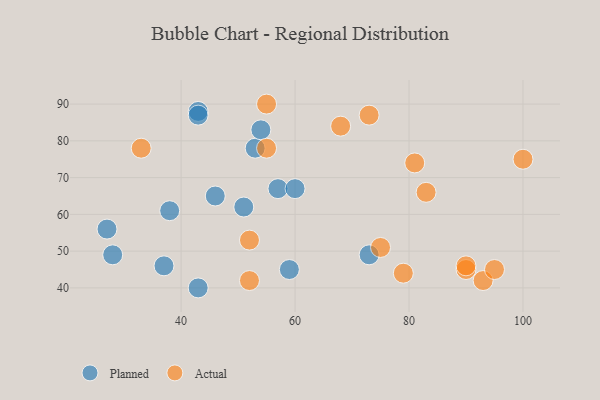
{"axis": {"x": "GDP", "y": "Life Expectancy"}, "legend": ["Actual", "Planned"], "data": [{"x": "59", "y": 45, "type": "Planned"}, {"x": "53", "y": 78, "type": "Planned"}, {"x": "51", "y": 62, "type": "Planned"}, {"x": "38", "y": 61, "type": "Planned"}, {"x": "57", "y": 67, "type": "Planned"}, {"x": "27", "y": 56, "type": "Planned"}, {"x": "46", "y": 65, "type": "Planned"}, {"x": "28", "y": 49, "type": "Planned"}, {"x": "43", "y": 88, "type": "Planned"}, {"x": "73", "y": 49, "type": "Planned"}, {"x": "54", "y": 83, "type": "Planned"}, {"x": "43", "y": 87, "type": "Planned"}, {"x": "43", "y": 40, "type": "Planned"}, {"x": "37", "y": 46, "type": "Planned"}, {"x": "60", "y": 67, "type": "Planned"}, {"x": "75", "y": 51, "type": "Actual"}, {"x": "81", "y": 74, "type": "Actual"}, {"x": "100", "y": 75, "type": "Actual"}, {"x": "68", "y": 84, "type": "Actual"}, {"x": "55", "y": 90, "type": "Actual"}, {"x": "33", "y": 78, "type": "Actual"}, {"x": "90", "y": 45, "type": "Actual"}, {"x": "73", "y": 87, "type": "Actual"}, {"x": "52", "y": 42, "type": "Actual"}, {"x": "79", "y": 44, "type": "Actual"}, {"x": "90", "y": 46, "type": "Actual"}, {"x": "93", "y": 42, "type": "Actual"}, {"x": "52", "y": 53, "type": "Actual"}, {"x": "83", "y": 66, "type": "Actual"}, {"x": "95", "y": 45, "type": "Actual"}, {"x": "55", "y": 78, "type": "Actual"}]}